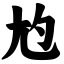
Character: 尥